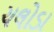
ચલોડા